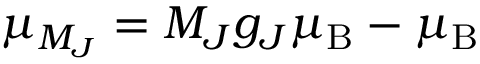
\mu _ { M _ { J } } = M _ { J } g _ { J } \mu _ { \mathrm { B } } - \mu _ { \mathrm { B } }